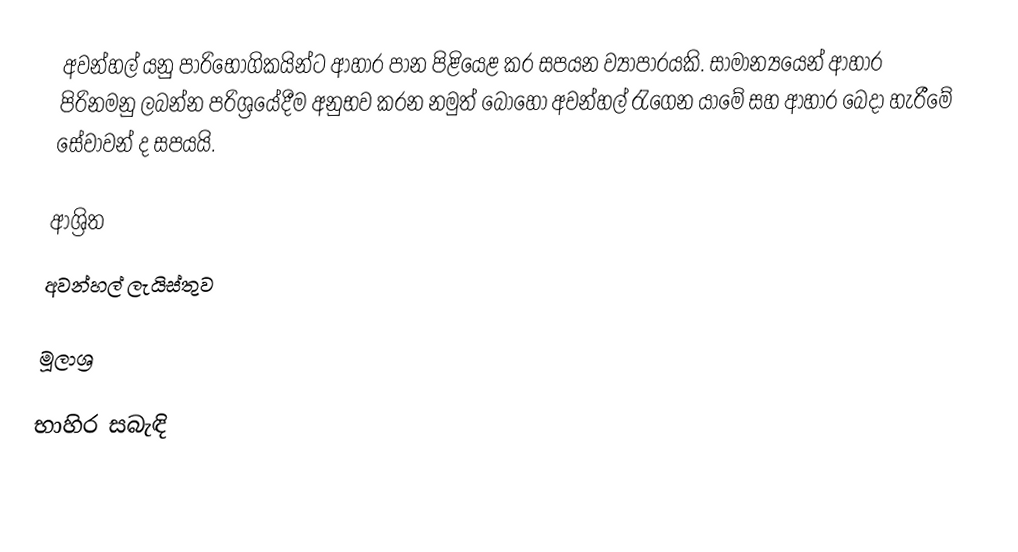
අවන්හල් යනු පාරිභෝගිකයින්ට ආහාර පාන පිළියෙළ කර සපයන ව්‍යාපාරයකි. සාමාන්‍යයෙන් ආහාර පිරිනමනු ලබන්න පරිශ්‍රයේදීම අනුභව කරන නමුත් බොහෝ අවන්හල් රැගෙන යාමේ සහ ආහාර බෙදා හැරීමේ සේවාවන් ද සපයයි.

ආශ්‍රිත
 අවන්හල් ලැයිස්තුව

මූලාශ්‍ර

භාහිර සබැඳි